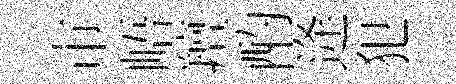
市峿羶酌逄犯